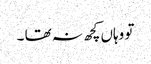
تو وہاں کچھ نہ تھا ۔